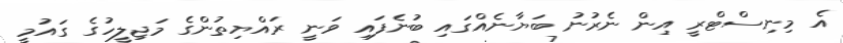
އެ މިނިސްޓްރީ އިން ނެރުނު ބަޔާނެއްގައި ބުނެފައި ވަނީ ރައްޔިތުންގެ މަޖިލީހުގެ ގައުމީ